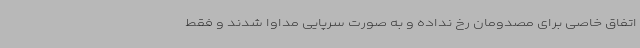
اتفاق خاصی برای مصدومان رخ نداده و به صورت سرپایی مداوا شدند و فقط